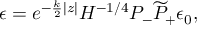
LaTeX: \epsilon = e ^ { - { \frac { k } { 2 } } | z | } { \cal H } ^ { - 1 / 4 } P _ { - } \widetilde P _ { + } \epsilon _ { 0 } ,